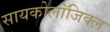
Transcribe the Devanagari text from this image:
सायकोलाॅजिक्ल